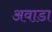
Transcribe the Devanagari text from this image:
अवाडा